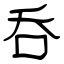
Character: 呑